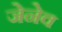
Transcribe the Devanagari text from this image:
जेनेव